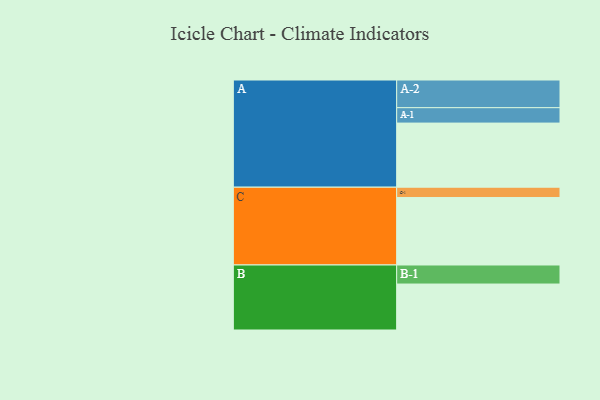
{"axis": {"x": "Segment", "y": "Value"}, "legend": ["", "A", "B", "C"], "data": [{"x": "A", "y": 512, "type": ""}, {"x": "B", "y": 367, "type": ""}, {"x": "C", "y": 539, "type": ""}, {"x": "A-1", "y": 123, "type": "A"}, {"x": "A-2", "y": 221, "type": "A"}, {"x": "B-1", "y": 152, "type": "B"}, {"x": "C-1", "y": 82, "type": "C"}]}